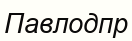
Павлодпр